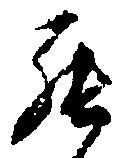
罷